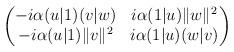
LaTeX: \begin{align*}\begin{pmatrix}-i\alpha(u|1)(v|w) & i\alpha(1|u)\|w\|^2\\-i\alpha(u|1)\|v\|^2 & i\alpha(1|u)(w|v)\end{pmatrix} \end{align*}